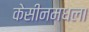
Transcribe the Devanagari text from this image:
केसीनमधला